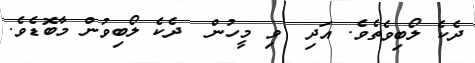
ދެކެ ލޯބިވެތެވެ. އަދި  ވި މީހުން  ދެކެ ލޯބިވުން މާބޮޑެވެ.